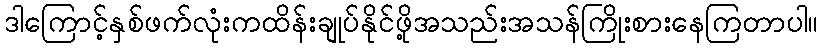
ဒါကြောင့်နှစ်ဖက်လုံးကထိန်းချုပ်နိုင်ဖို့အသည်းအသန်ကြိုးစားနေကြတာပါ။